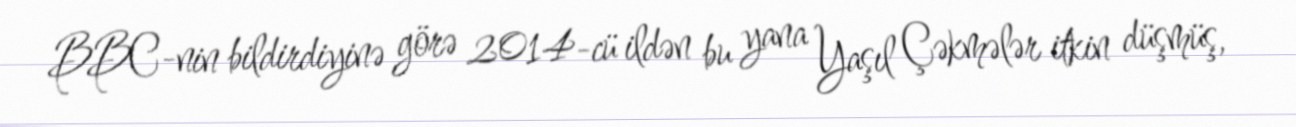
BBC-nin bildirdiyinə görə 2014-cü ildən bu yana Yaşıl Çəkmələr itkin düşmüş,